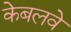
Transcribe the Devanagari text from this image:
केबलवे